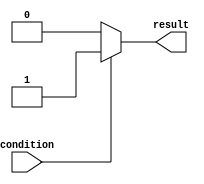
module if_else_example (
  input wire condition,
  output reg result
);

  always @* begin
    if (~condition) begin
      // statements to execute if condition is false
      result <= 1'b0;
    end else begin
      // statements to execute if condition is true
      result <= 1'b1;
    end
  end

endmodule